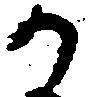
か